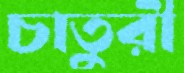
চাতুরী